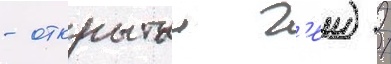
- открытыи г'еи) /